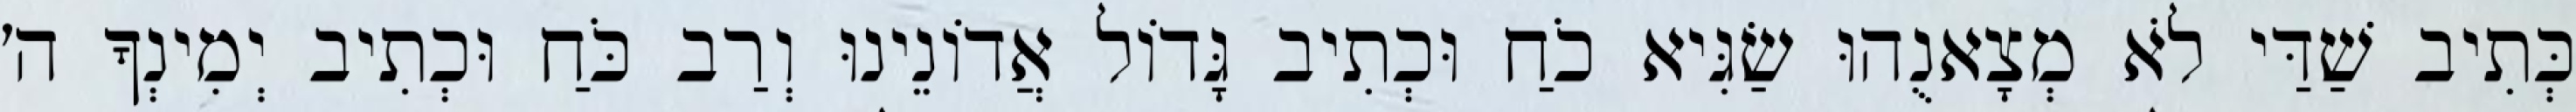
כְּתִיב שַׁדַּי לֹא מְצָאנֻהוּ שַׂגִּיא כֹחַ וּכְתִיב גָּדוֹל אֲדוֹנֵינוּ וְרַב כֹּחַ וּכְתִיב יְמִינְךָ ה׳